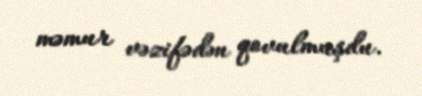
məmur vəzifədən qovulmuşdu.